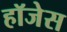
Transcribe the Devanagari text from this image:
हॉजेस